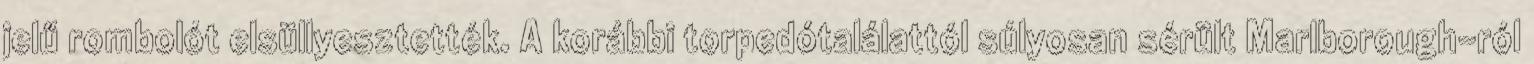
jelű rombolót elsüllyesztették. A korábbi torpedótalálattól súlyosan sérült Marlborough-ról